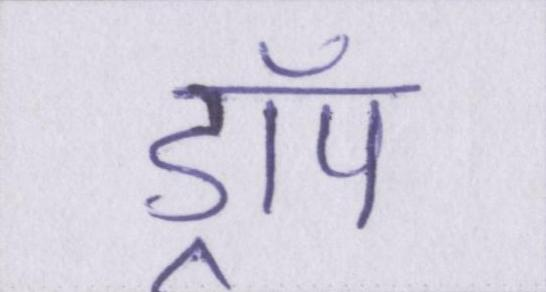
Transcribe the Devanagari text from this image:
ड्रॉप